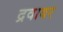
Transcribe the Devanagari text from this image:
द्रवावर